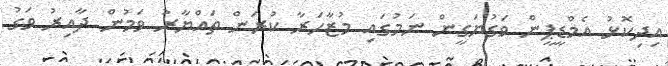
އިދިކޮޅު އެމްޑީޕީން ވަގުޔަގީން ނަމުގައި މުޒާހަރާ ކުރަން ތައްޔާރު ވަމުން ދާއިރު ވަގު